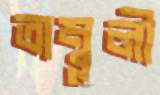
তাম্বূলী